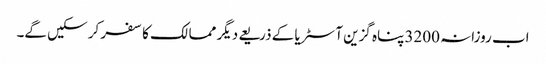
اب روزانہ 3200 پناہ گزین آسٹریا کے ذریعے دیگر ممالک کا سفر کر سکیں گے۔